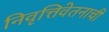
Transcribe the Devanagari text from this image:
निवृत्तिवेतनाची